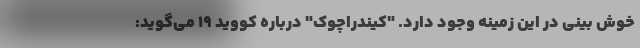
خوش بینی در این زمینه وجود دارد. "کیندراچوک" درباره کووید ۱۹ می‌گوید: